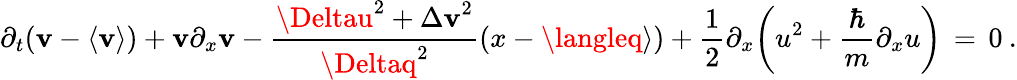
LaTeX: \partial_{t}(\mathbf{v}-\langle\mathbf{v}\rangle)+\mathbf{v}\partial_{x}\mathbf{v}-\frac{{{\Deltau}^{2}+{\Delta\mathbf{v}}^{2}}}{{{\Deltaq}^{2}}}(x-\langleq\rangle)+\frac{{1}}{{2}}\partial_{x}\bigg(u^{2}+\frac{{\hbar}}{{m}}\partial_{x}u\bigg)\, =\, 0\: .